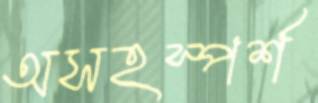
অসহস্পর্শ